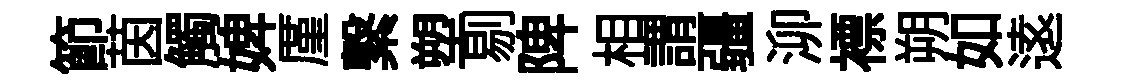
節茵觸婢厪繋塑剔陴相謂疆泖褾朔如逺